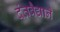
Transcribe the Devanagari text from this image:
दंतवैद्याने